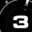
Digit: 3